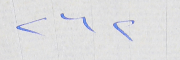
٢٦٢